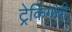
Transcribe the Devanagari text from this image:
ट्रेकिंगची